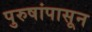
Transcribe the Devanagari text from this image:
पुरुषांपासून